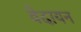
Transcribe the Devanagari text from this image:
वेदायन